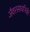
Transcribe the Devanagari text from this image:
जैवरसायनिकी